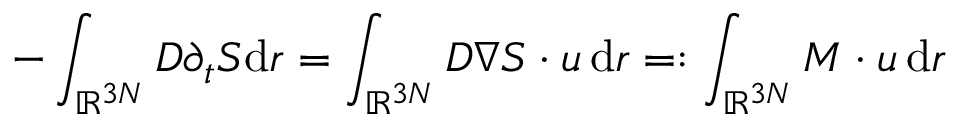
- \int _ { \ensuremath { \mathbb { R } } ^ { 3 N } } D \partial _ { t } S { \mathrm { d } } r = \int _ { \ensuremath { \mathbb { R } } ^ { 3 N } } D \nabla S \cdot u \, { \mathrm { d } } r = : \int _ { \ensuremath { \mathbb { R } } ^ { 3 N } } { M } \cdot u \, { \mathrm { d } } r